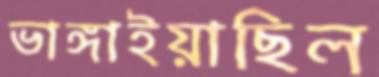
ভাঙ্গাইয়াছিল